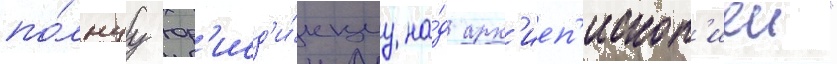
по́лнуу юр'исд'и́кциу на́д арх'иеп'ископ'иеи"